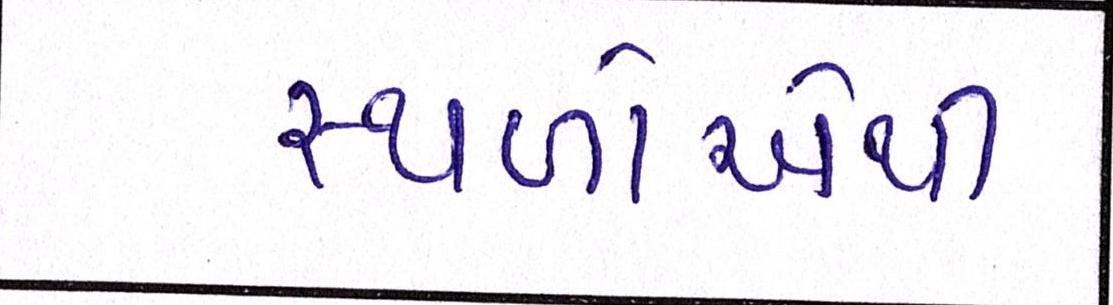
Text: સ્થળોએથી